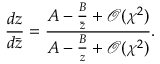
\frac { d z } { d \bar { z } } = \frac { A - \frac { B } { \bar { z } } + \mathcal O ( \chi ^ { 2 } ) } { A - \frac { B } { z } + \mathcal O ( \chi ^ { 2 } ) } .